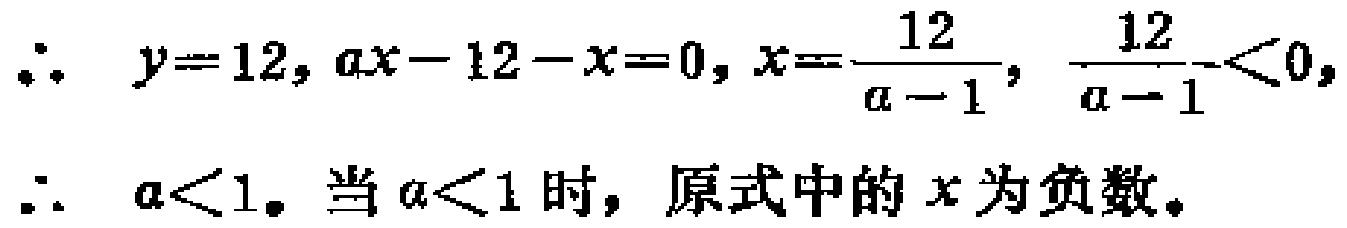
\(\therefore\ y = 12, ax - 12 - x = 0, x=\frac{12}{a - 1}, \frac{12}{a - 1}<0,\)
\(\therefore\ a<1。当a<1时，原式中的x为负数。\)